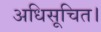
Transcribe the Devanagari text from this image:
अधिसूचित।